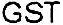
GST